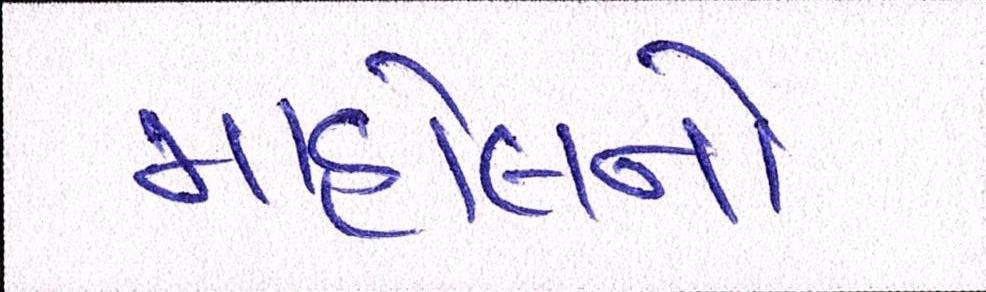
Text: માહોલનો